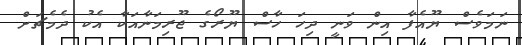
ނަމަވެސް ޔޫއެފާ އިން ވަނީ ދިހަ ހާސް ޔޫރޯގެ ޖޫރިމަނާއަކާ އެކު ދެމެޗަށް